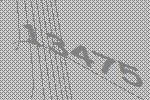
13475